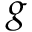
\boldsymbol { g }